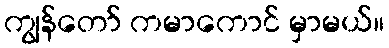
ကျွန်တော် ကမာကောင် မှာမယ်။